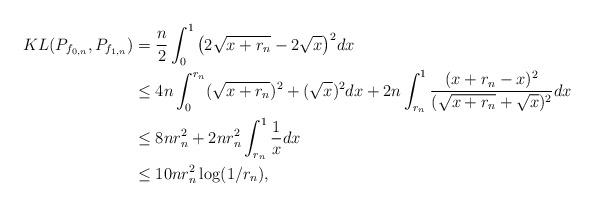
LaTeX: \begin{align*}KL (P_{f_{0,n}}, P_{f_{1,n}}) &= \frac{n}{2} \int_0^1 \big(2\sqrt{x+r_n}-2\sqrt{x}\big)^2 dx \\&\leq 4n \int_0^{r_n} (\sqrt{x+r_n})^2 +(\sqrt{x})^2 dx + 2n \int_{r_n}^1 \frac{(x+r_n-x)^2}{(\sqrt{x+r_n}+ \sqrt{x})^2} dx \\&\leq 8n r_n^2 + 2nr_n^2 \int _{r_n}^1 \frac 1x dx \\&\leq 10nr_n^2 \log(1/r_n),\end{align*}